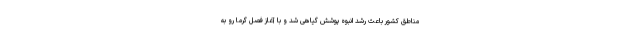
مناطق کشور باعث رشد انبوه ‌پوشش گیاهی شد و با آغاز فصل گرما رو به